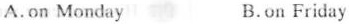
A.on Monday B.on Friday